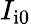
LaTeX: I_{\mathrm{i0}}